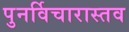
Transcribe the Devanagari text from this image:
पुनर्विचारास्तव